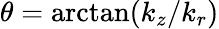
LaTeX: \theta=\arctan(k_{z}/k_{r})